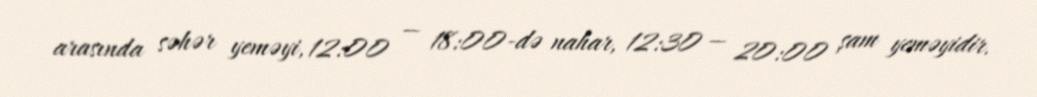
arasında səhər yeməyi, 12:00 — 18:00-də nahar, 12:30 — 20:00 şam yeməyidir.